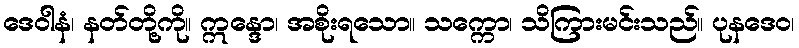
ဒေဝါနံ၊ နတ်တို့ကို။ ဣန္ဒော၊ အစိုးရသော။ သက္ကော၊ သိကြားမင်းသည်။ ပုနဒေဝ၊